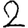
Digit: 2